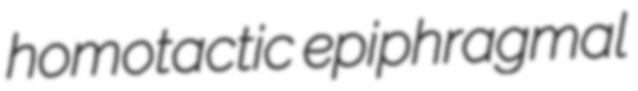
homotactic epiphragmal